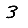
Digit: 3